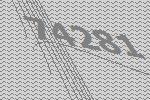
74281